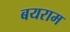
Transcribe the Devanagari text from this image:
बयराम